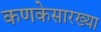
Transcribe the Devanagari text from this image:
कणकेसारख्या